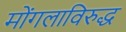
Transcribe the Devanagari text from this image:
मोंगलाविरुद्ध